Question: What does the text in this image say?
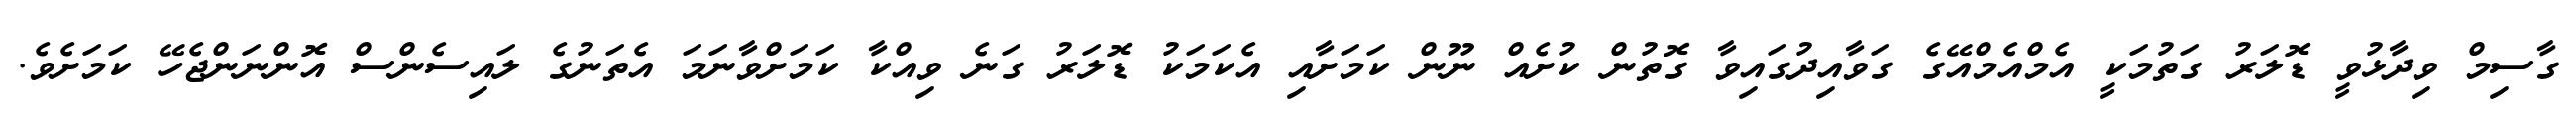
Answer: ގާސިމް ވިދާޅުވީ ޑޮލަރު ގަތުމަކީ އެމްއެމްއޭގެ ގަވާއިދުގައިވާ ގޮތުން ކުށެއް ނޫން ކަމަށާއި އެކަމަކު ޑޮލަރު ގަނެ ވިއްކާ ކަމަށްވާނަމަ އެތަނުގެ ލައިސެންސް އޮންނަންޖެހޭ ކަމަށެވެ.